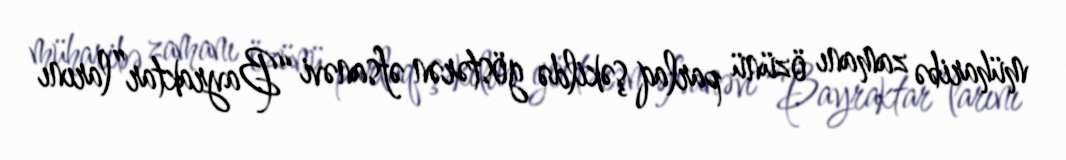
müharibə zamanı özünü parlaq şəkildə göstərən əfsanəvi “Bayraktar”larını